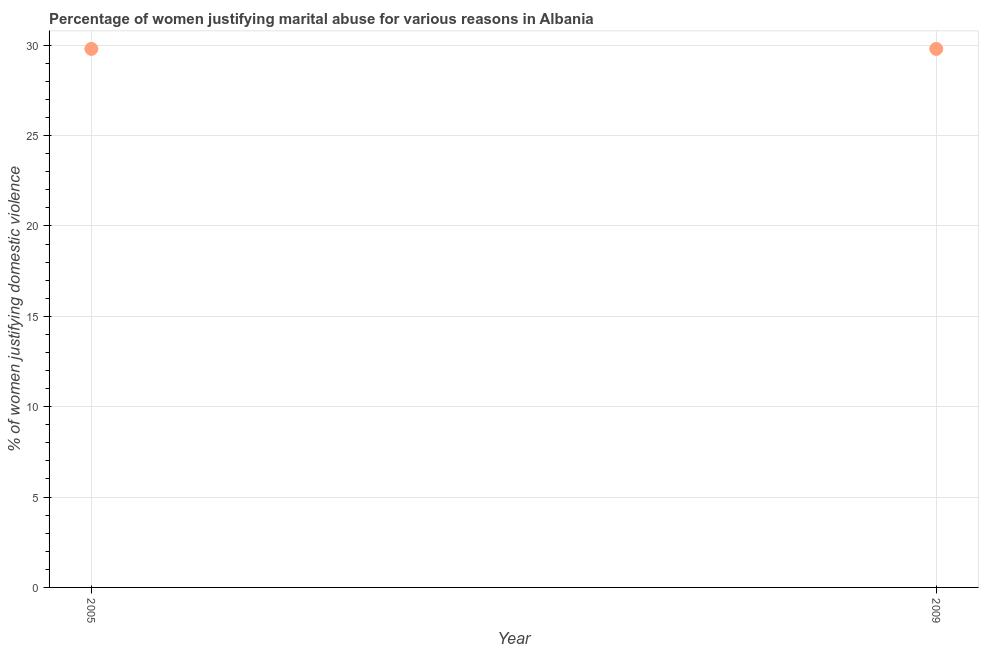
| Year | Physical abuse |
 | --- | --- |
 | 2005 | 29.8 |
 | 2009 | 29.8 |